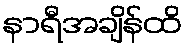
နာရီအချိန်ထိ